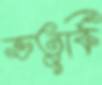
ভতুর্কি